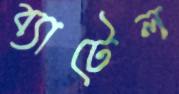
ব্যাটেল